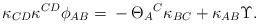
\begin{align*}\kappa_{CD} \kappa^{CD} \phi_{AB}={}&- \Theta_{A}{}^{C} \kappa_{BC} + \kappa_{AB} \Upsilon.\end{align*}